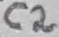
Text: C2